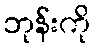
ဘုန်းကို